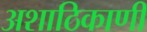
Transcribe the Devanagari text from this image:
अशाठिकाणी